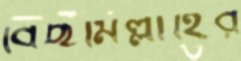
বিছমিল্লাহির